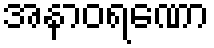
အနာဝရဏော